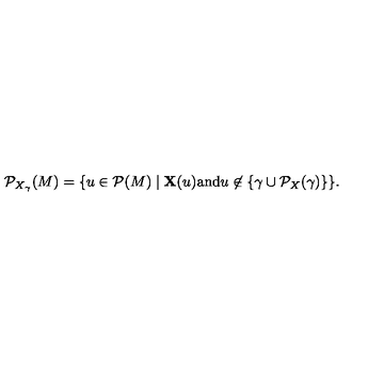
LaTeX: { \cal P } _ { X _ { \gamma } } ( M ) = \{ u \in { \cal P } ( M ) \mid { \bf X } ( u ) \mathrm { a n d } u \not \in \{ \gamma \cup { \cal P } _ { X } ( \gamma ) \} \} .